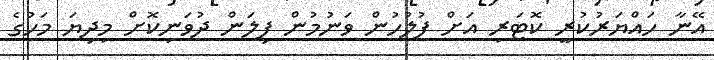
އޭނާ ހައްޔަރުކުރީ ކޮޓަރި އަށް ފުލުހުން ވަނުމުން ފިލަން ދުވަނިކޮށް މިދިޔަ މަހުގެ